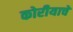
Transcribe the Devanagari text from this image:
कोरीयाचे